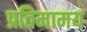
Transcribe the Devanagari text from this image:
प्रतिमामय